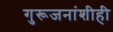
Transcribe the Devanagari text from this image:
गुरूजनांशीही